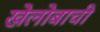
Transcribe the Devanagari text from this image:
खेलोबाची